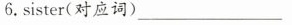
6.sister(对应词) ___